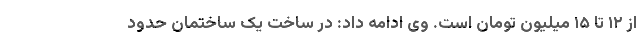
از ۱۲ تا ۱۵ میلیون تومان است. وی ادامه داد: در ساخت یک ساختمان حدود